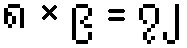
၈ × ၉ = ၇၂